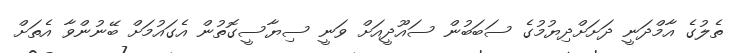
ތެލުގެ އާމްދަނީ ދަށަށްދިޔުމުގެ ސަބަބުން ސައޫދީއަށް ވަނީ ސިޔާސީގޮތުން އެގައުމަށް ބޭނުންވާ އެތަށް